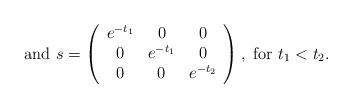
LaTeX: \begin{align*}\textrm{and }s=\left(\begin{array}{ccc}e^{-t_1} & 0 & 0 \\0 & e^{-t_1} & 0 \\0 & 0 & e^{-t_2} \\\end{array} \right), \textrm{ for } t_1<t_2.\end{align*}